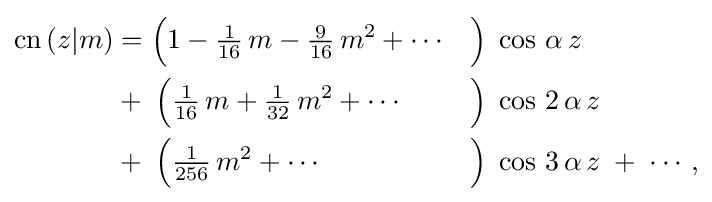
{\begin{aligned}\operatorname {cn} \,(z|m)&={\Bigl (}1-{\tfrac {1}{16}}\,m-{\tfrac {9}{16}}\,m^{2}+\cdots &&{\Bigr )}\;\cos \,\alpha \,z\;\\&+\;{\Bigl (}{\tfrac {1}{16}}\,m+{\tfrac {1}{32}}\,m^{2}+\cdots &&{\Bigr )}\;\cos \,2\,\alpha \,z\;\\&+\;{\Bigl (}{\tfrac {1}{256}}\,m^{2}+\cdots &&{\Bigr )}\;\cos \,3\,\alpha \,z\;+\;\cdots ,\end{aligned}}